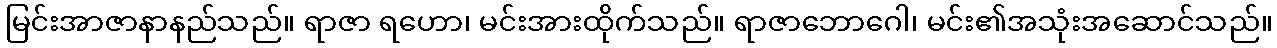
မြင်းအာဇာနာနည်သည်။ ရာဇာ ရဟော၊ မင်းအားထိုက်သည်။ ရာဇာဘောဂေါ၊ မင်း၏အသုံးအဆောင်သည်။